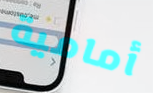
أمامية